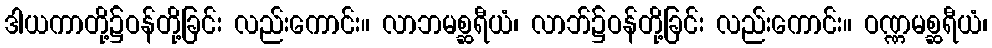
ဒါယကာတို့၌ဝန်တို့ခြင်း လည်းကောင်း။ လာဘမစ္ဆရီယံ၊ လာဘ်၌ဝန်တို့ခြင်း လည်းကောင်း။ ဝဏ္ဏမစ္ဆရီယံ၊